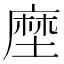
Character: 塺